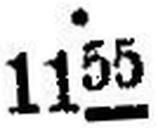
1155